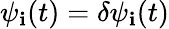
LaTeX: \psi_{\mathbf{i}}(t)=\delta\psi_{\mathbf{i}}(t)